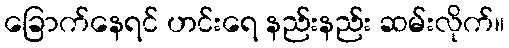
ခြောက်နေရင် ဟင်းရေ နည်းနည်း ဆမ်းလိုက်။